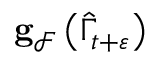
\mathbf { g } _ { \mathcal { F } } \left( \widehat { \Gamma } _ { t + \varepsilon } \right)